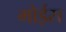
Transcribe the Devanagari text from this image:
मोईस